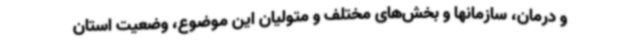
و درمان، سازمانها و بخش‌های مختلف و متولیان این موضوع، وضعیت استان